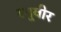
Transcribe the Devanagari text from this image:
रघूवीर